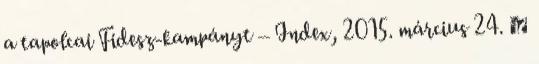
a tapolcai Fidesz-kampányt – Index, 2015. március 24. ↑